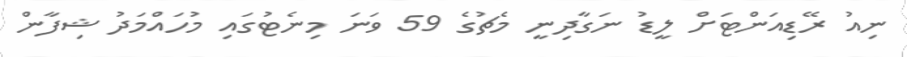
ނިއު ރޭޑިއަންޓަށް ލީޑު ނަގާދިނީ މެޗުގެ 59 ވަނަ މިނެޓުގައި މުހައްމަދު ޝިފާން